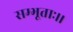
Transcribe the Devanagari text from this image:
सम्भूताः।।